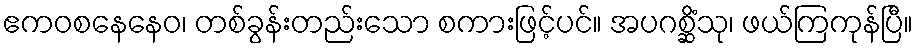
ဧကဝစနေနေဝ၊ တစ်ခွန်းတည်းသော စကားဖြင့်ပင်။ အပဂစ္ဆိံသု၊ ဖယ်ကြကုန်ပြီ။